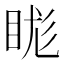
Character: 𥆙